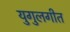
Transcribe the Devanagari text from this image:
युगुलगीत